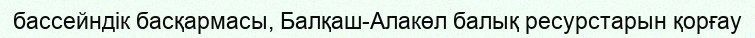
бассейндік басқармасы, Балқаш-Алакөл балық ресурстарын қорғау